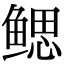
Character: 鳃